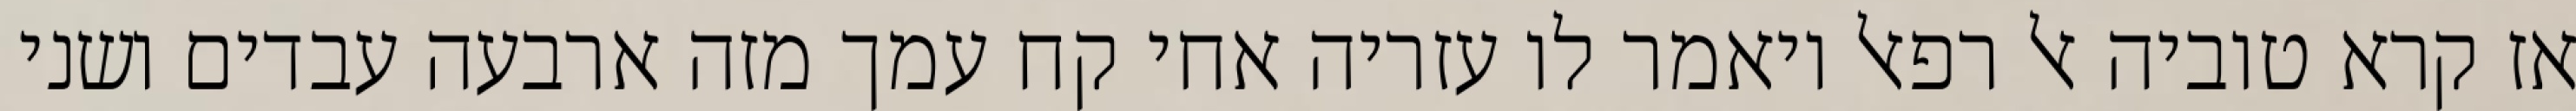
אז קרא טוביה אל רפאל ויאמר לו עזריה אחי קח עמך מזה ארבעה עבדים ושני